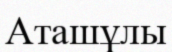
Аташұлы